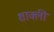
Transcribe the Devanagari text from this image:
शाक्ली